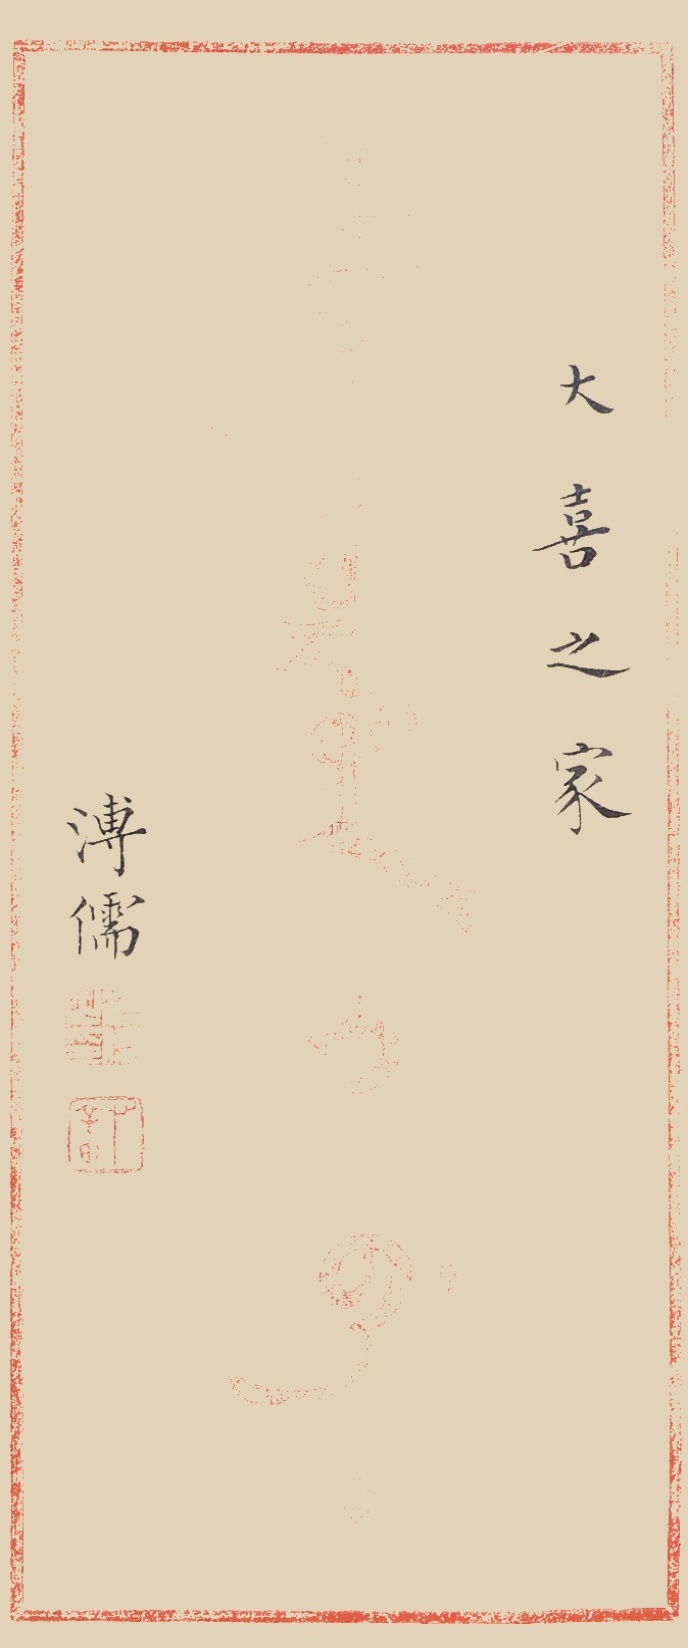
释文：大喜之家溥儒